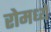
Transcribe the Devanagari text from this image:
रोमध्ये